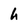
Character: h